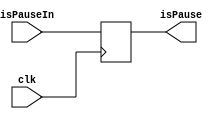
module pause_control(
    input clk,
    input isPauseIn,
    output reg isPause
    );
    always @(posedge clk ) begin
        isPause <= isPauseIn;
    end
endmodule